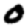
Digit: 0